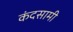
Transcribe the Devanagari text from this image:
कंदसामी